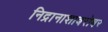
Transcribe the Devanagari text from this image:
निद्रानाशाबरोबर